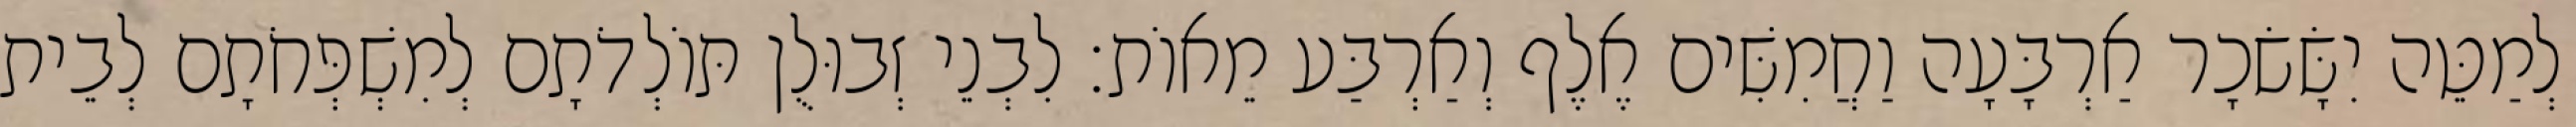
לְמַטֵּה יִשָּׂשׂכָר אַרְבָּעָה וַחֲמִשִּׁים אֶלֶף וְאַרְבַּע מֵאוֹת׃ לִבְנֵי זְבוּלֻן תּוֹלְדֹתָם לְמִשְׁפְּחֹתָם לְבֵית